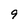
Character: 9